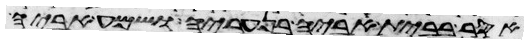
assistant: אסר בבית אביה בנעריה ושמע אביה